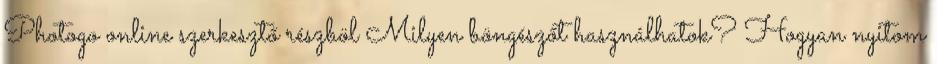
Photogo online szerkesztő részböl Milyen böngészőt használhatok? Hogyan nyitom